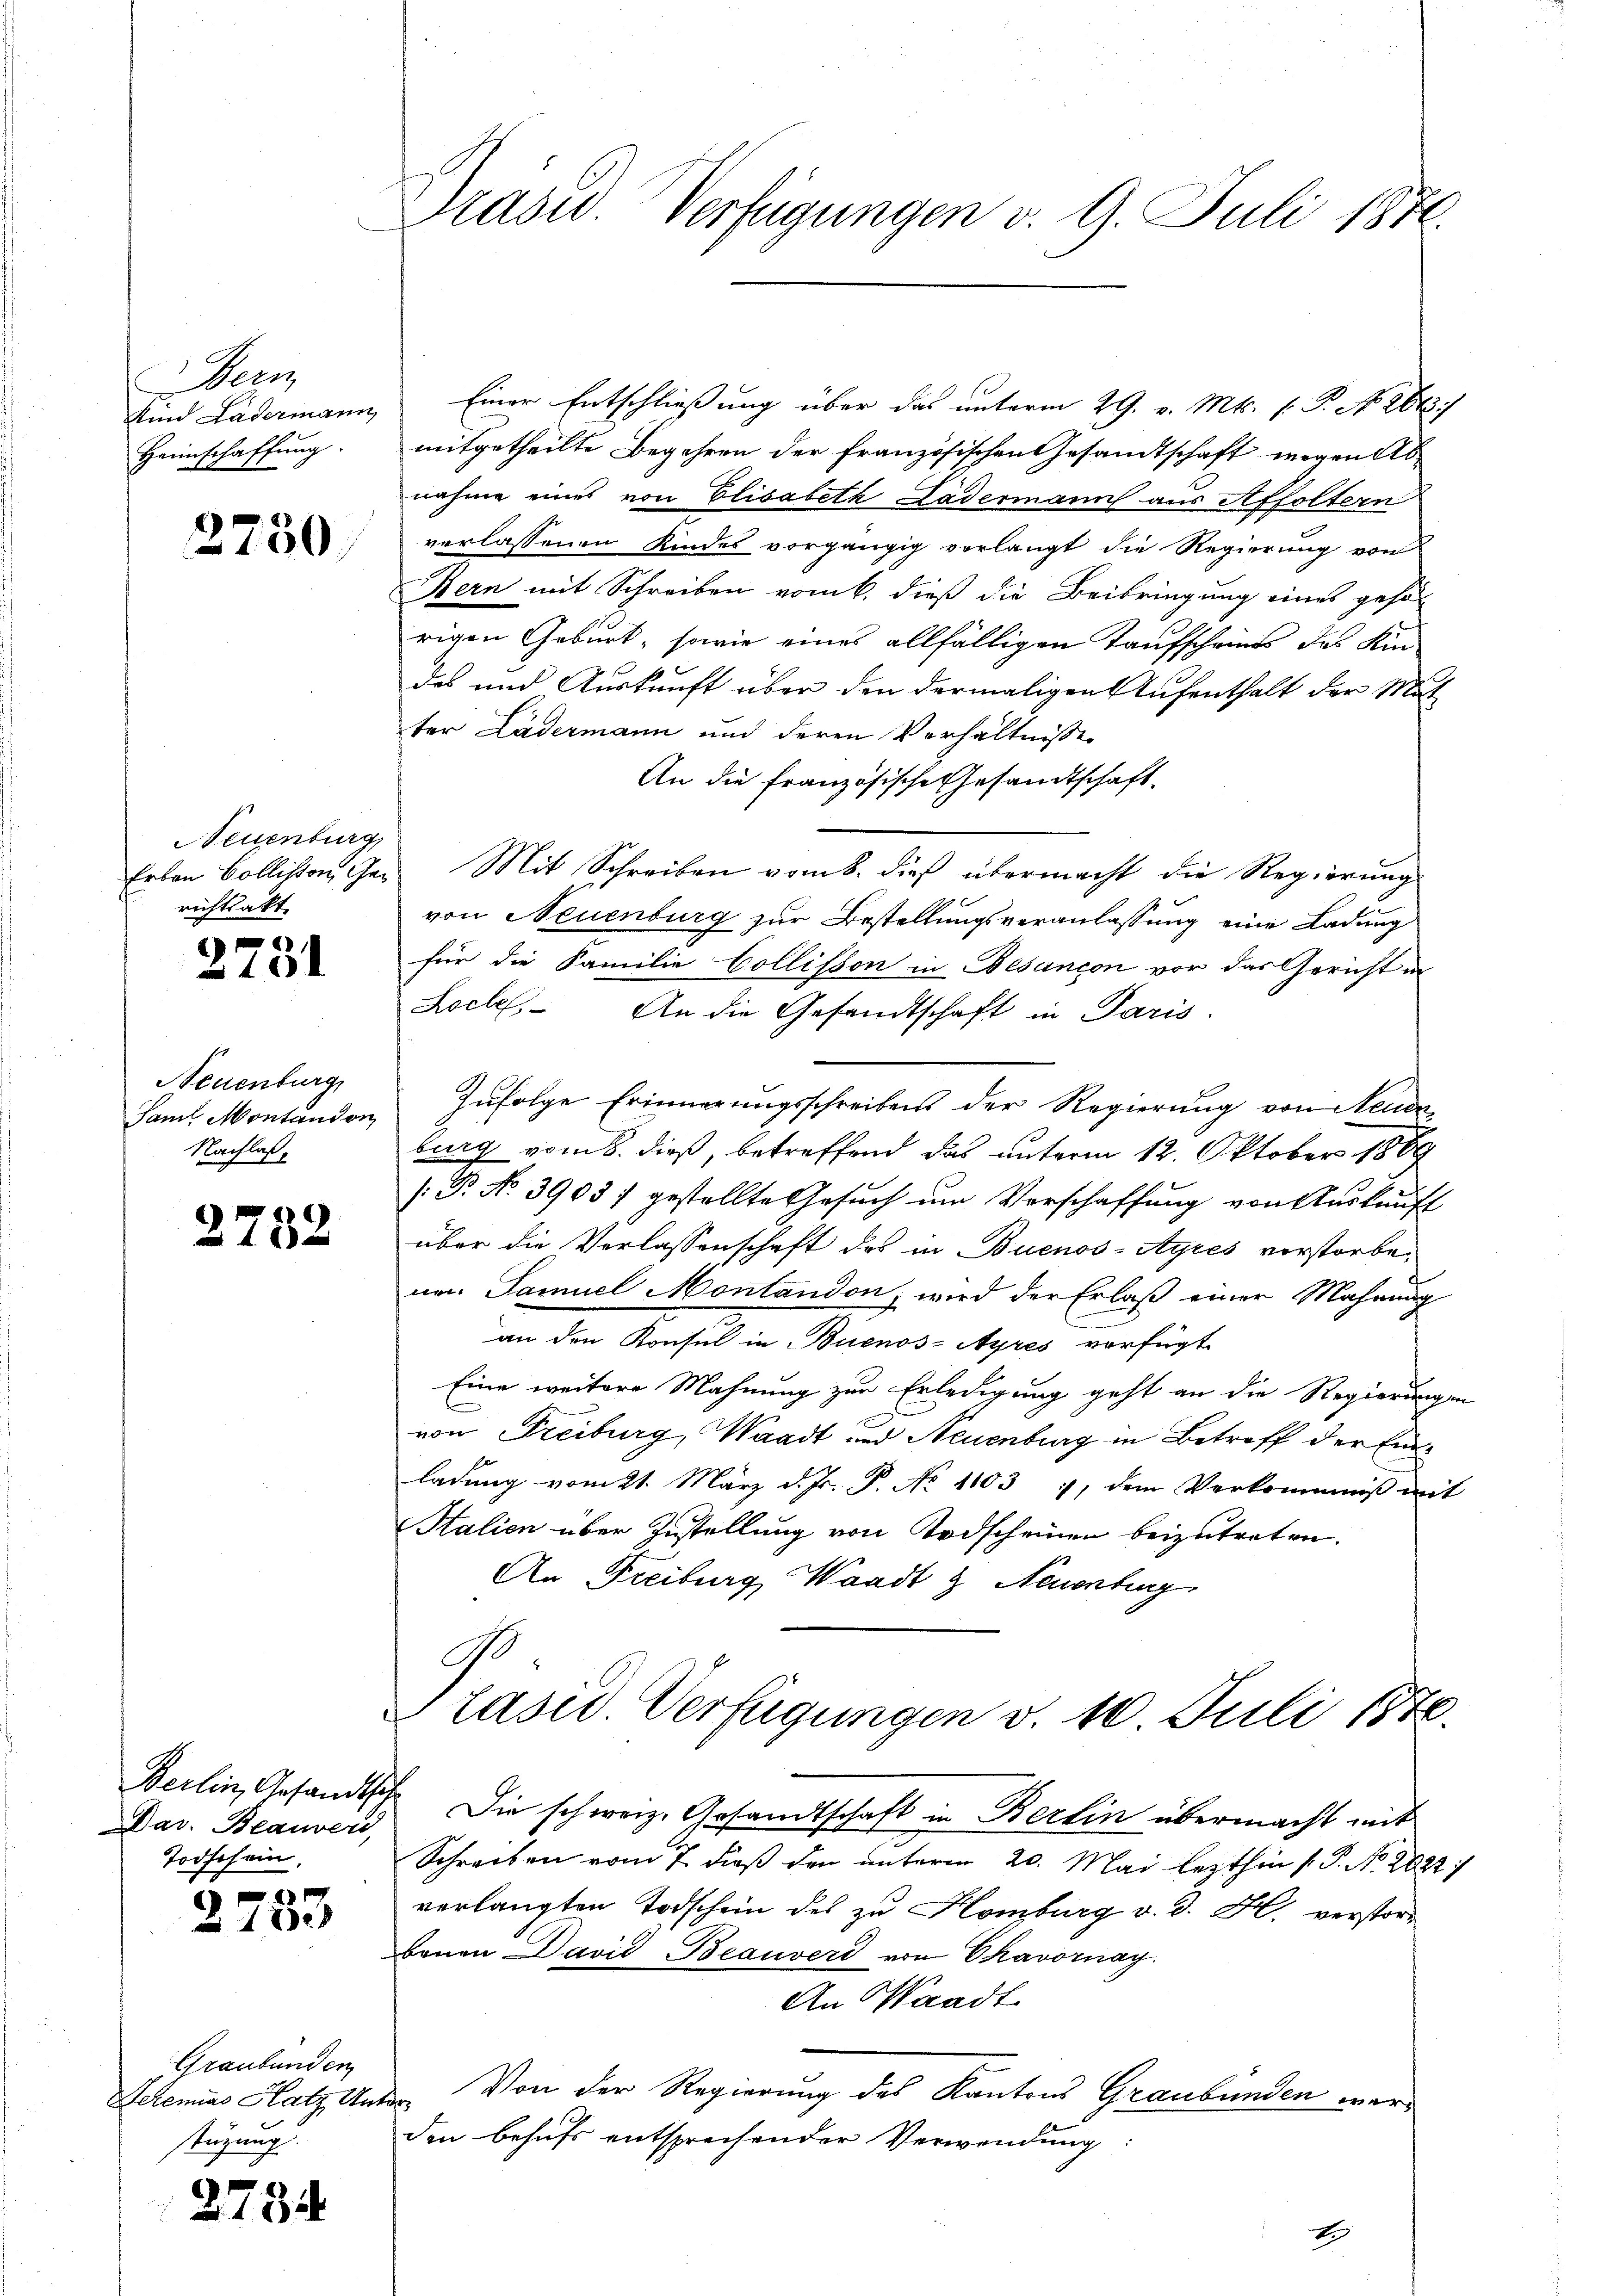
Bern
Kind Ladermann
Heimschaffung.

2750

Neuenburg
richtsakt

2731

Neuenburg
Nachlas,

2782

Dav. Beauwerd,
Todschein,

4.8

Graubünden
Schemias Hatz, Un
stüzung.

2734.

Präsid.. Verfügungen v. 9. Juli 1871.

Einer Entschließung über das unterm 29. v. Mts. f. P. No. 2683/
mitgetheilte Begehren der französischen Gesandtschaft, wegen Abnahme eines von Elisabeth Lädermann aus Affoltern
verlassenen Kindes vorgängig vorlangt die Regierung von
Bern mit Schreiben vom 6. dieß die Beibringung eines geso-
rigen Geburt, sowie eines allfälligen Taufscheints des Kin-
des und Auskunft über den dermaligen Aufenthalt der Mut
ter Lädermann und deren Verhältnisse
An die französische Gesandtschaft
Erben Bollikon, Ger. Mit Schreiben vom 8. dieß übermacht die Regierung
von Neuenburg zur Bestellungsveranlassung eine Ladung
für die Familie Collisson in Besançon vor das Gericht in
Loche. An die Gesandtschaft in Paris.
San Montandon, zŭfolge Erinnerungsschreibens der Regierŭng von Neuen-
burg vom 8. dieß, betreffend das unterm 12. Oktober 1889
[: P. No. 3903) gestellte Gesuch um Verschaffung von Auskunft
über die Verlassenschaft des in Buenos-Ayres vorstorben
nen Samuel Montandon, wird der Erlaß einer Mahnung
an den Konsul in Buenos-Ayres verfügt
Eine weitere Mahnung zur Erledigung geht an die Regierungen
von Freiburg, Waadt und Neuenburg in Betreff der Eidladŭng vom 21. März d. Js. P. No 1103 1, dem Verkommniß mit
Stalien über Zustellung von Todscheinen beizutreten.
An Freiburg, Waadt & Neuenburg
Präsid. Verfügungen v. 10. Juli 1840.

Berlin, Gesandtsche die schweiz. Gesandtschaft in Berlin übermacht mit

Schrecken vom 7. dieß den unterm 20. Mai lezthin s P. Nr. 2022
verlangten Todschein des zu Homburg v. d. H. verstorbauen David Beauvers von Chavornay.
An Waadt
Von der Regierung des Kantons Graubünden weri
den behufs entsprechender Verwendung: